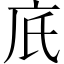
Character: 㡳